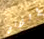
اللاتى